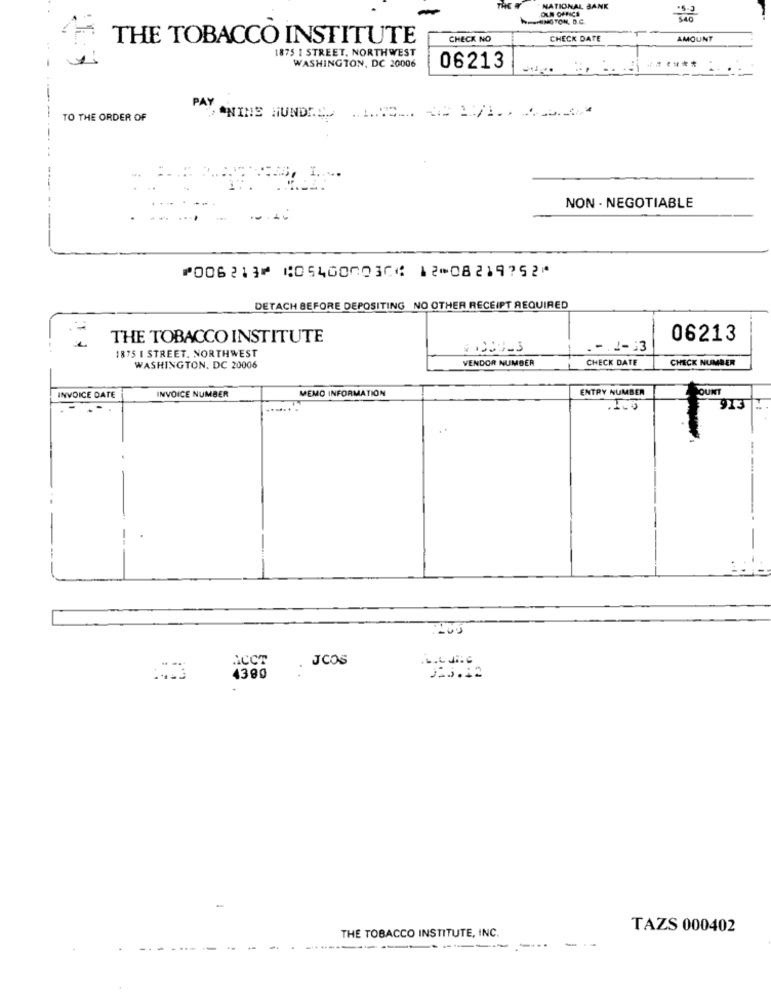
THE W
. NATIONAL BANK
OUN OFFICS
THE TOBACCO INSTITUTE
CHECK NO
CHECK DATE
AMOUNT
1875 1 STREET, NORTHWEST
WASHINGTON, DC 20006
06213
TO THE ORDER OF
SONINE HUNDRED . ....... .= 1/1. . ... ...
NON- NEGOTIABLE
⑈006213⑈ ⑆054000030⑆ 12⑉08219752⑈
DETACH BEFORE DEPOSITING NO OTHER RECEIPT REQUIRED
THE TOBACCO INSTITUTE
06213
- 1-13
1875 I STREET. NORTHWEST
VENDOR NUMBER
CHECK DATE
CHECK NUMBER
WASHINGTON, DC 20006
MEMO INFORMATION
ENTRY NUMBER
COUNT
INVOICE DATE
INVOICE NUMBER
913
--
200
ACCT
. JCOS
4380
325.12
THE TOBACCO INSTITUTE, INC.
TAZS 000402
-----
-...
---